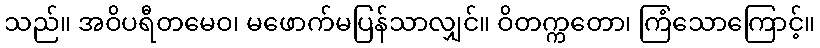
သည်။ အဝိပရီတမေဝ၊ မဖောက်မပြန်သာလျှင်။ ဝိတက္ကတော၊ ကြံသောကြောင့်။